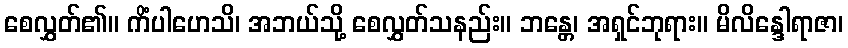
စေလွှတ်၏။ ကိံပါဟေသိ၊ အဘယ်သို့ စေလွှတ်သနည်း။ ဘန္တေ၊ အရှင်ဘုရား။ မိလိန္ဒေါရာဇာ၊